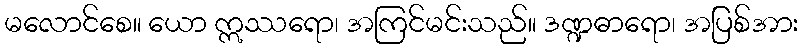
မလောင်စေ။ ယော ဣဿရော၊ အကြင်မင်းသည်။ ဒဏ္ဍဓာရော၊ အပြစ်အား